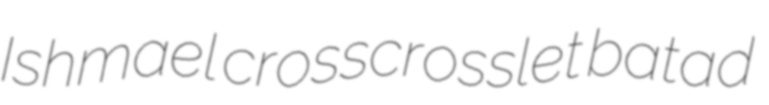
Ishmael crosscrosslet batad